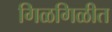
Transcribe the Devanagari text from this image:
गिळगिळीत